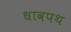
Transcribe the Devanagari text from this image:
धावपथ